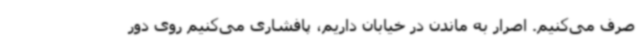
صرف می‌کنیم. اصرار به ماندن در خیابان داریم، پافشاری می‌کنیم روی دور